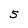
Character: 5